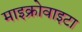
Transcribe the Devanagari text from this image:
माइक्रोवाइटा